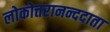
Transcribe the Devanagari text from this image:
लोकोत्तरानन्ददाता